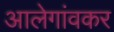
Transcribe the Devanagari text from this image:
आलेगांवकर